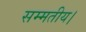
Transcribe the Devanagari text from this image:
सम्मतीय।